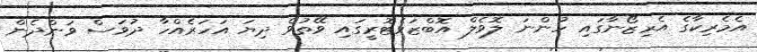
އެމެރިކާގެ އެރިޒޯނާގައި ހުންނަ ލޮވެލް އޮބްޒަވެޓޮރީގައި ވޭތުވެ ދިޔަ އަހަރެއްހާ ދުވަސް ވަންދެން